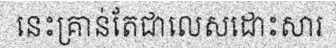
នេះគ្រាន់តែជាលេសដោះសារ